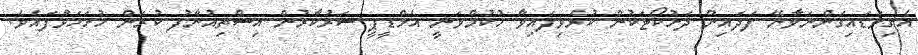
އެގިވަޑައިގަންނަވާނޭ ފަދައިން ދަށުކޯޓަކުން ކުރެވިފައިވާ ހުކުމްވަނީ އެމްޑީޕީ ސަރުކާރުން އިސްތިއުނާފު ކުރަން ހުށަހަޅާފައެވެ.